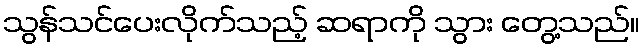
သွန်သင်ပေးလိုက်သည့် ဆရာကို သွား တွေ့သည်။